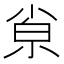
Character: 𡮂